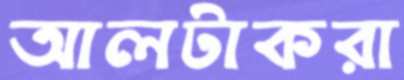
আলটাকরা